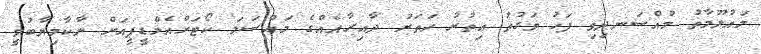
މައުލޫމާތު މުއްސަނދިވި ފަހު ވަގުތު އިތުރު ހަތަރު ދާއިރާއެއްގެ މައްސަލަ ކޯޓަށްއެމްޑީޕީއަށް ނާކާމިޔާބުވީ